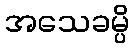
အသေခမ္ပိ